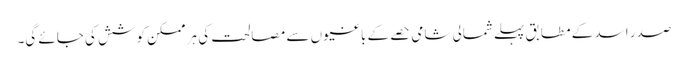
صدر اسد کے مطابق پہلے شمالی شامی حصے کے باغیوں سے مصالحت کی ہر ممکن کوشش کی جائے گی۔